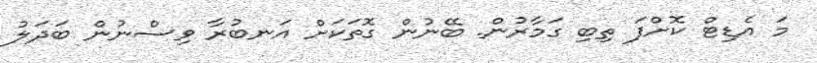
މަ އެޑިޓް ކޮށްފަ ތިބި ގަމާރުން. ބޭނުން ގޮތަކަށް އަނބުރާ ވިސްނުން ބަދަލު